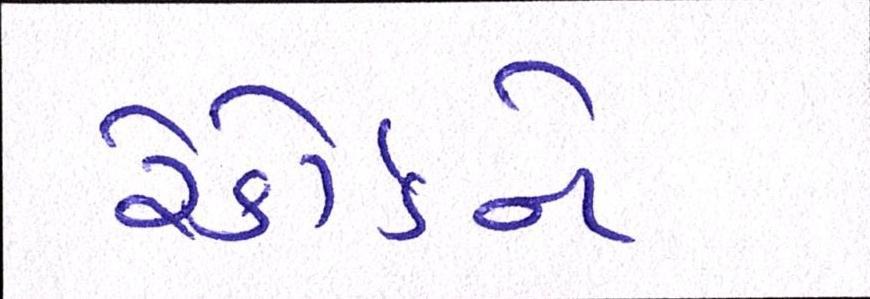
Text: રેકોર્ડને